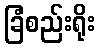
ခြံစည်းရိုး